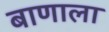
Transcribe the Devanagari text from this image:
बाणाला